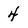
Character: 4